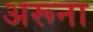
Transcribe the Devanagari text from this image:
अरूना